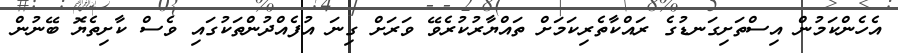
އެހެންކަމުން އިސްތަށިގަނޑުގެ ރައްކާތެރިކަމަށް ތައްޔާރުކުރެވޭ ވަރަށް ގިނަ އުފެއްދުންތަކުގައި ވެސް ކާށިތެޔޮ ބޭނުން